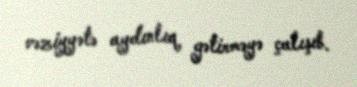
vəziyyətə aydınlıq gətirməyə çalışıb.